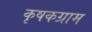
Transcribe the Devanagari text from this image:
कृषकग्राम